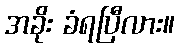
အခိုး ခံရပြီလား။